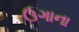
ઉગાના